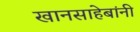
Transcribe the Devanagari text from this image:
खानसाहेबांनी